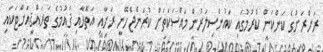
ރަށްރަށުގެ ކަންކަން ކުރުމުގައި ކައުންސިލަރުން މައްސަކަތަށް ކުރަންޖެހޭނީ ރަށާއި އަތޮޅާއި ޤައުމުގެ ތަރައްޤީއަށްޓަކައި